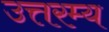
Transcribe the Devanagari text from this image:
उत्तरम्य